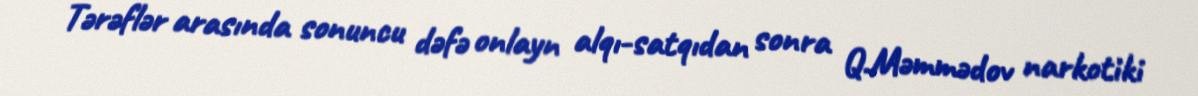
Tərəflər arasında sonuncu dəfə onlayn alqı-satqıdan sonra Q.Məmmədov narkotiki